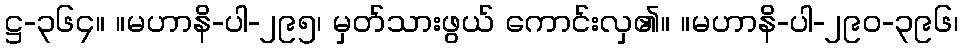
ဋ္ဌ-၃၆၄။ ။မဟာနိ-ပါ-၂၉၅၊ မှတ်သားဖွယ် ကောင်းလှ၏။ ။မဟာနိ-ပါ-၂၉၀-၃၉၆၊